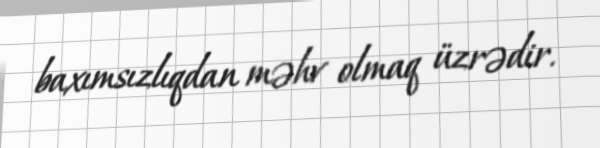
baxımsızlıqdan məhv olmaq üzrədir.